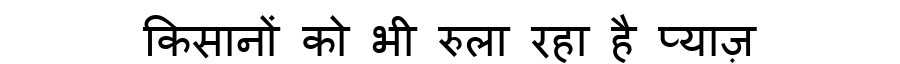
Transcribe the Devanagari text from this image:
किसानों को भी रुला रहा है प्याज़